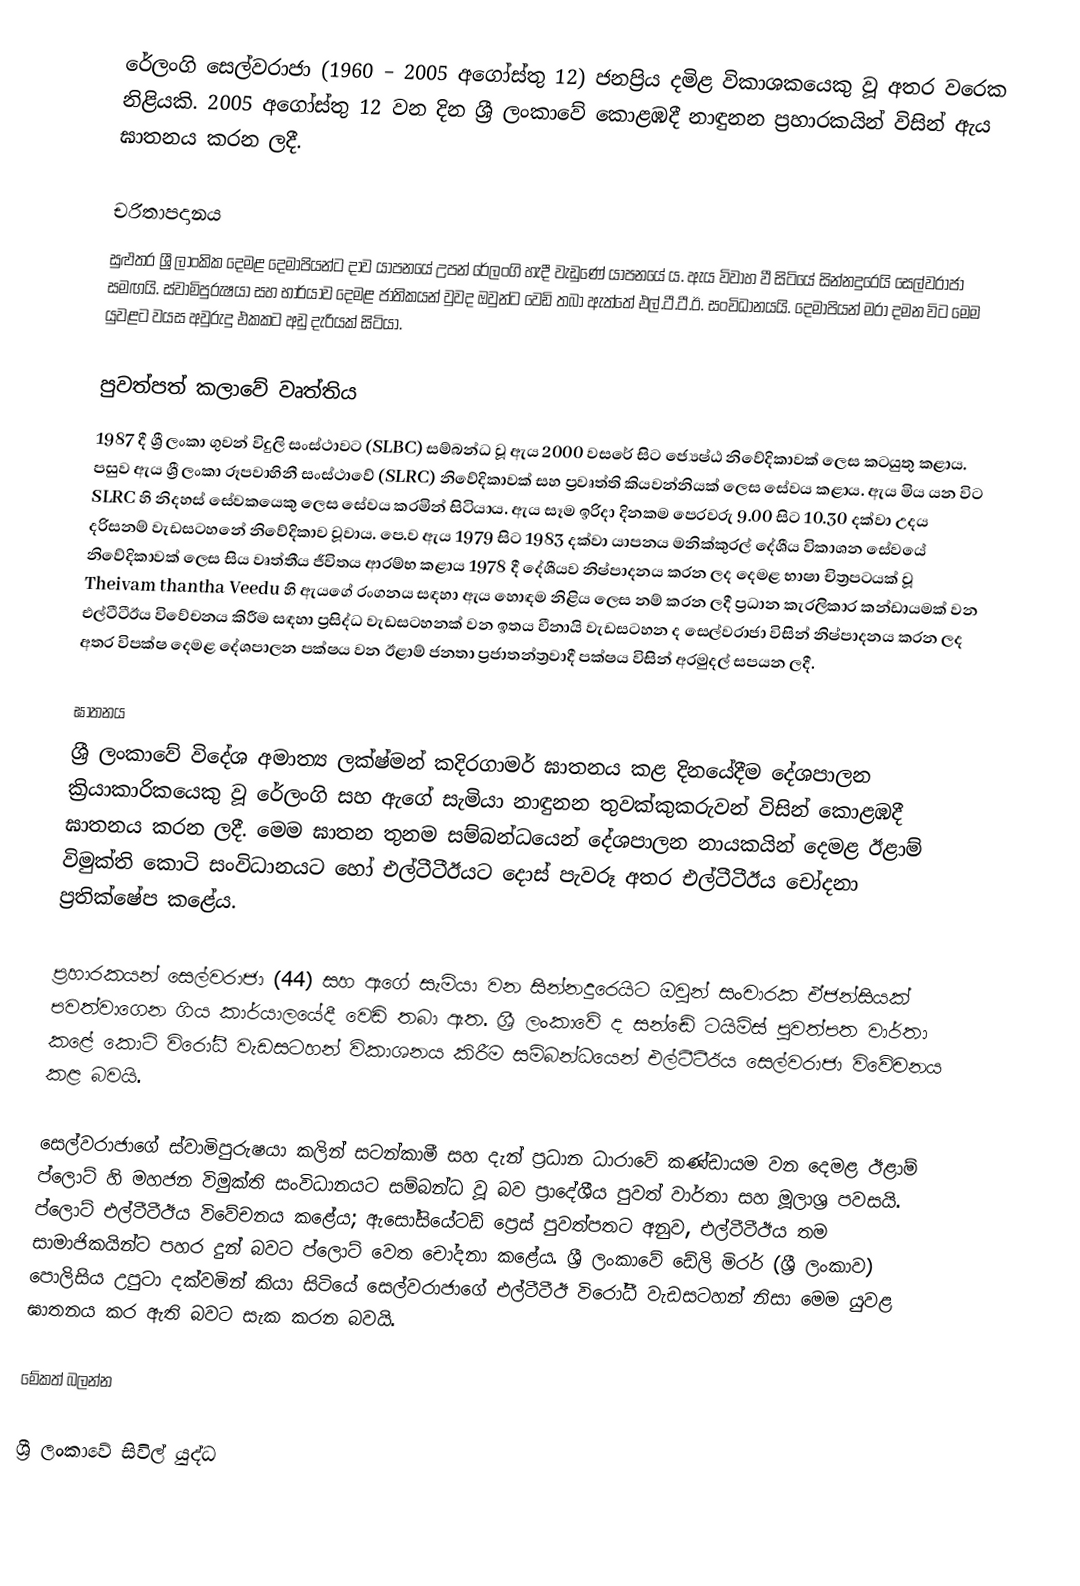
රේලංගි සෙල්වරාජා (1960 – 2005 අගෝස්තු 12) ජනප්‍රිය දමිළ විකාශකයෙකු වූ අතර වරෙක නිළියකි. 2005 අගෝස්තු 12 වන දින ශ්‍රී ලංකාවේ කොළඹදී නාඳුනන ප්‍රහාරකයින් විසින් ඇය ඝාතනය කරන ලදී.

චරිතාපදානය
සුළුතර ශ්‍රී ලාංකික දෙමළ දෙමාපියන්ට දාව යාපනයේ උපන් රේලංගි හැදී වැඩුණේ යාපනයේ ය. ඇය විවාහ වී සිටියේ සින්නදුරෙයි සෙල්වරාජා සමඟයි. ස්වාමිපුරුෂයා සහ භාර්යාව දෙමළ ජාතිකයන් වුවද ඔවුන්ට වෙඩි තබා ඇත්තේ එල්.ටී.ටී.ඊ. සංවිධානයයි. දෙමාපියන් මරා දමන විට මෙම යුවළට වයස අවුරුදු එකකට අඩු දැරියක් සිටියා.

පුවත්පත් කලාවේ වෘත්තිය
1987 දී ශ්‍රී ලංකා ගුවන් විදුලි සංස්ථාවට (SLBC) සම්බන්ධ වූ ඇය 2000 වසරේ සිට ජ්‍යෙෂ්ඨ නිවේදිකාවක් ලෙස කටයුතු කළාය. පසුව ඇය ශ්‍රී ලංකා රූපවාහිනී සංස්ථාවේ (SLRC) නිවේදිකාවක් සහ ප්‍රවෘත්ති කියවන්නියක් ලෙස සේවය කළාය. ඇය මිය යන විට SLRC හි නිදහස් සේවකයෙකු ලෙස සේවය කරමින් සිටියාය. ඇය සෑම ඉරිදා දිනකම පෙරවරු 9.00 සිට 10.30 දක්වා උදය දරිසනම් වැඩසටහනේ නිවේදිකාව වූවාය. පෙ.ව ඇය 1979 සිට 1983 දක්වා යාපනය මනික්කුරල් දේශීය විකාශන සේවයේ නිවේදිකාවක් ලෙස සිය වෘත්තීය ජීවිතය ආරම්භ කළාය  1978 දී දේශීයව නිෂ්පාදනය කරන ලද දෙමළ භාෂා චිත්‍රපටයක් වූ Theivam thantha Veedu හි ඇයගේ රංගනය සඳහා ඇය හොඳම නිළිය ලෙස නම් කරන ලදී  ප්‍රධාන කැරලිකාර කන්ඩායමක් වන එල්ටීටීඊය විවේචනය කිරීම සඳහා ප්‍රසිද්ධ වැඩසටහනක් වන ඉතය වීනායි වැඩසටහන ද සෙල්වරාජා විසින් නිෂ්පාදනය කරන ලද අතර විපක්ෂ දෙමළ දේශපාලන පක්ෂය වන ඊළාම් ජනතා ප්‍රජාතන්ත්‍රවාදී පක්ෂය විසින් අරමුදල් සපයන ලදී.

ඝාතනය
ශ්‍රී ලංකාවේ විදේශ අමාත්‍ය ලක්ෂ්මන් කදිරගාමර් ඝාතනය කළ දිනයේදීම දේශපාලන ක්‍රියාකාරිකයෙකු වූ රේලංගි සහ ඇගේ සැමියා නාඳුනන තුවක්කුකරුවන් විසින් කොළඹදී ඝාතනය කරන ලදී. මෙම ඝාතන තුනම සම්බන්ධයෙන් දේශපාලන නායකයින් දෙමළ ඊළාම් විමුක්ති කොටි සංවිධානයට හෝ එල්ටීටීඊයට දොස් පැවරූ අතර එල්ටීටීඊය චෝදනා ප්‍රතික්ෂේප කළේය.

ප්‍රහාරකයන් සෙල්වරාජා (44) සහ ඇගේ සැමියා වන සින්නදුරෙයිට ඔවුන් සංචාරක ඒජන්සියක් පවත්වාගෙන ගිය කාර්යාලයේදී වෙඩි තබා ඇත. ශ්‍රී ලංකාවේ ද සන්ඬේ ටයිම්ස් පුවත්පත වාර්තා කළේ කොටි විරෝධී වැඩසටහන් විකාශනය කිරීම සම්බන්ධයෙන් එල්ටීටීඊය සෙල්වරාජා විවේචනය කළ බවයි.

සෙල්වරාජාගේ ස්වාමිපුරුෂයා කලින් සටන්කාමී සහ දැන් ප්‍රධාන ධාරාවේ කණ්ඩායම වන දෙමළ ඊළාම් ප්ලොට් හි මහජන විමුක්ති සංවිධානයට සම්බන්ධ වූ බව ප්‍රාදේශීය පුවත් වාර්තා සහ මූලාශ්‍ර පවසයි. ප්ලොට් එල්ටීටීඊය විවේචනය කළේය; ඇසෝසියේටඩ් ප්‍රෙස් පුවත්පතට අනුව, එල්ටීටීඊය තම සාමාජිකයින්ට පහර දුන් බවට ප්ලොට් වෙත චෝදනා කළේය. ශ්‍රී ලංකාවේ ඩේලි මිරර් (ශ්‍රී ලංකාව) පොලිසිය උපුටා දක්වමින් කියා සිටියේ සෙල්වරාජාගේ එල්ටීටීඊ විරෝධී වැඩසටහන් නිසා මෙම යුවළ ඝාතනය කර ඇති බවට සැක කරන බවයි.

මේකත් බලන්න

 ශ්‍රී ලංකාවේ සිවිල් යුද්ධ